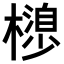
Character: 𣜮